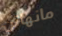
مانهاتن